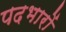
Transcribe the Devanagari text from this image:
पदभारों